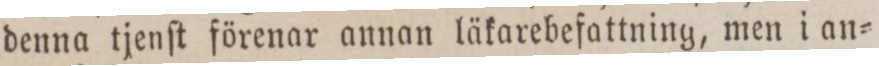
denna tjenſt förenar annan läkarebefattning, men i an=